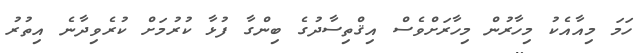
ހަމަ މިއާއެކު މިހާރުން މިހާރަށްވެސް އިޤްތިސާދުގެ ބިންގާ ފުޅާ ކުރުމަށް ކުރެވިދާނެ އިތުރު